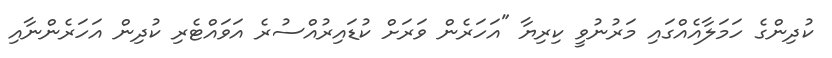
ކުދިންގެ ހަމަލާއެއްގައި މަރުނުވީ ކިރިޔާ "އަހަރެން ވަރަށް ކުޑައިރުއްސުރެ އަވައްޓެރި ކުދިން އަހަރެންނާއި